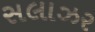
સલાઝર